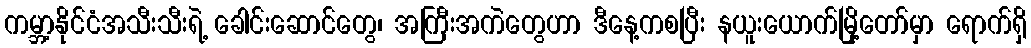
ကမ္ဘာ့နိုင်ငံအသီးသီးရဲ့ ခေါင်းဆောင်တွေ၊ အကြီးအကဲတွေဟာ ဒီနေ့ကစပြီး နယူးယောက်မြို့တော်မှာ ရောက်ရှိ